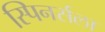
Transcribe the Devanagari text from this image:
स्पिनर्सला